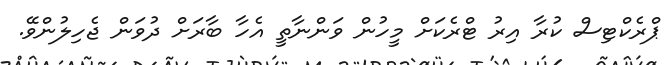
ޕްރެކްޓިސް ކުރާ އިރު ޓްރެކަށް މީހުން ވަންނާތީ އެހާ ބާރަށް ދުވަން ޖެހިލުންވޭ.